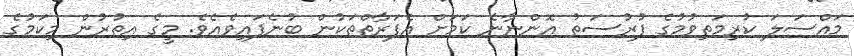
މައްސަލަ ކުރިމަތިވުމުގެ ފުރުސަތު އޮންނާނެ ކަމަށް އެފަރާތްތަކުން ބުނެފައިވެއެވެ. މީގެ އިތުރުން މިކަމުގެ